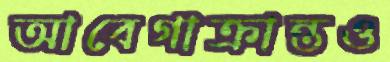
আবেগাক্রান্তও